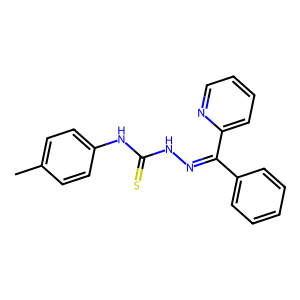
SMILES: Cc1ccc(NC(=S)NN=C(c2ccccc2)c2ccccn2)cc1
Inhibits HIV replication: No